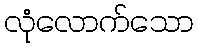
လုံလောက်သော